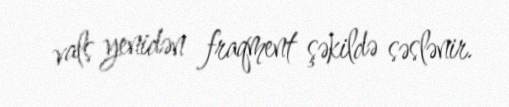
vals yenidən fraqment şəkildə səslənir.